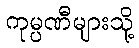
ကုမ္ပဏီများသို့